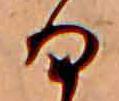
る